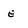
Character: E